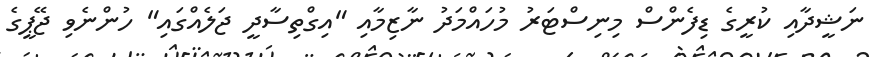
ނަޝީދާއި ކުރީގެ ޑިފެންސް މިނިސްޓަރު މުހައްމަދު ނާޒިމާއި "އިގްތިސާދީ ޖަލެއްގައި" ހުންނެވި ޖޭޕީގެ